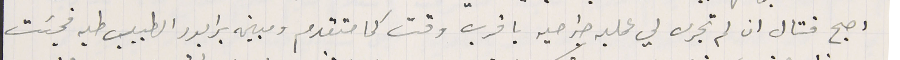
اصبح قتال ان لم تجرى لي عمليه جراحيه باقرب وقت كما متقدم ومبين برابور الطبيب طيه فجئت